Plague in India, 1896, 1897 - Volume 3
Year: 1896
Disease focus: Plague
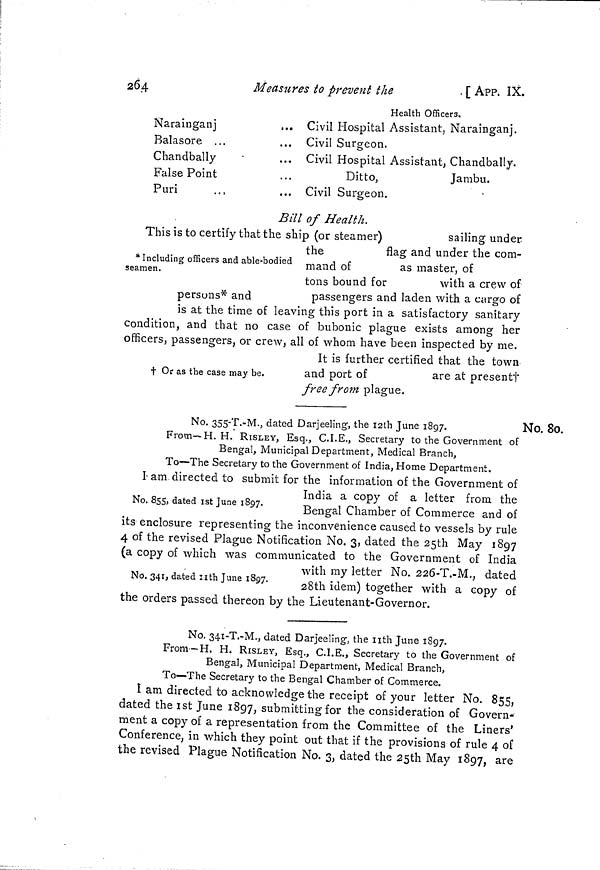
264
Measures to prevent the
. [ APP. IX.
Health Officers.
Narainganj
Balasore ...
Chandbally
False Point
Puri
Civil Hospital
Civil Surgeon.
Civil Hospital
Ditto,
Civil Surgeon.
Assistant, Narainganj.
Assistant, Chandbally.
Jambu.
Bill of Health.
* Including officers and able-bodied
seamen.
This is to certify that the ship (or steamer)
sailing under
the
Hag and under the com-
mand of
as master, of
tons bound for
with a crew of
persons* and
passengers and laden with a cargo of
is at the time of leaving this port in a satisfactory sanitary
condition, and that no case of bubonic plague exists among her
officers, passengers, or crew, all of whom have been inspected by me.
t Or as the case may be.
It is further certified that the town
and port of
are at present†
free from plague.
No. 80.
No. 355-T.-M., dated Darjeeling, the 12th June 1897.
From—H. H. RISLEY, Esq., C.I.E., Secretary to the Government of
Bengal, Municipal Department, Medical Branch,
To—The Secretary to the Government of India, Home Department.
No. 855, dated ist June 1897.
I am directed to submit for the information of the Government of
India a copy of a letter from the
Bengal Chamber of Commerce and of
its enclosure representing the inconvenience caused to vessels by rule
4 of the revised Plague Notification No. 3, dated the 25th May 1897
(a copy of which was communicated to the Government of India
No. 341, dated nth June 1897.
with my letter No. 226-T.-M., dated
28th idem) together with a copy of
the orders passed thereon by the Lieutenant-Governor.
No. 341-T.-M., dated Darjeeling, the nth June 1897.
From —H. H. RISLEY, Esq., C.I.E., Secretary to the Government of
Bengal, Municipal Department, Medical Branch,
To—The Secretary to the Bengal Chamber of Commerce.
1 am directed to acknowledge the receipt of your letter No. 855,
dated the 1st June 1897, submitting for the consideration of Govern-
ment a copy of a representation from the Committee of the Liners'
Conference, in which they point out that if the provisions of rule 4 of
the revised Plague Notification No. 3, dated the 25th May 1897, are